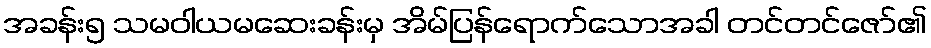
အခန်း၅ သမဝါယမဆေးခန်းမှ အိမ်ပြန်ရောက်သောအခါ တင်တင်ဇော်၏